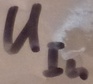
Text: UIn